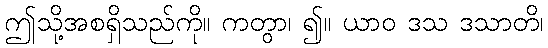
ဤသို့အစရှိသည်ကို။ ကတွာ၊ ၍။ ယာဝ ဒသ ဒသာတိ၊